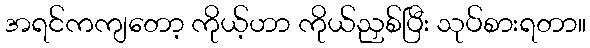
အရင်ကကျတော့ ကိုယ့်ဟာ ကိုယ်ညှစ်ပြီး သုပ်စားရတာ။